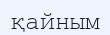
қайным